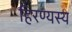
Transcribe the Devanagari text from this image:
हिरण्यस्य